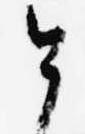
今